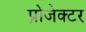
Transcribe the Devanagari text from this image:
प्रोजेक्‍टर